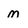
Character: M